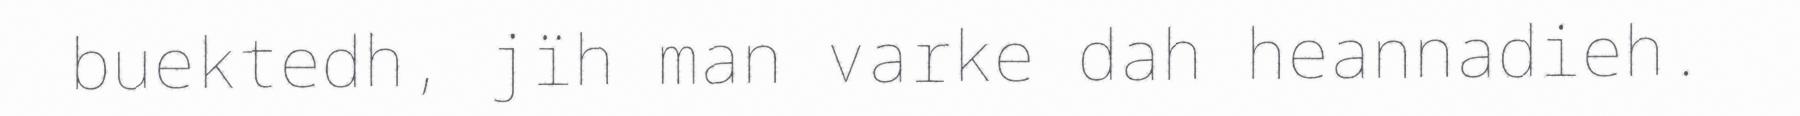
buektedh, jïh man varke dah heannadieh.